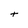
Character: t